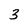
Character: 3